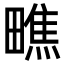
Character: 𪽢